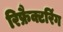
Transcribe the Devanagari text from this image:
रिफ्रैक्टरिंग